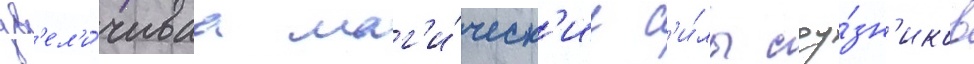
ув'ел'и́чиваа маг'и́ческ'ие с'и́лы соу́зн'иков